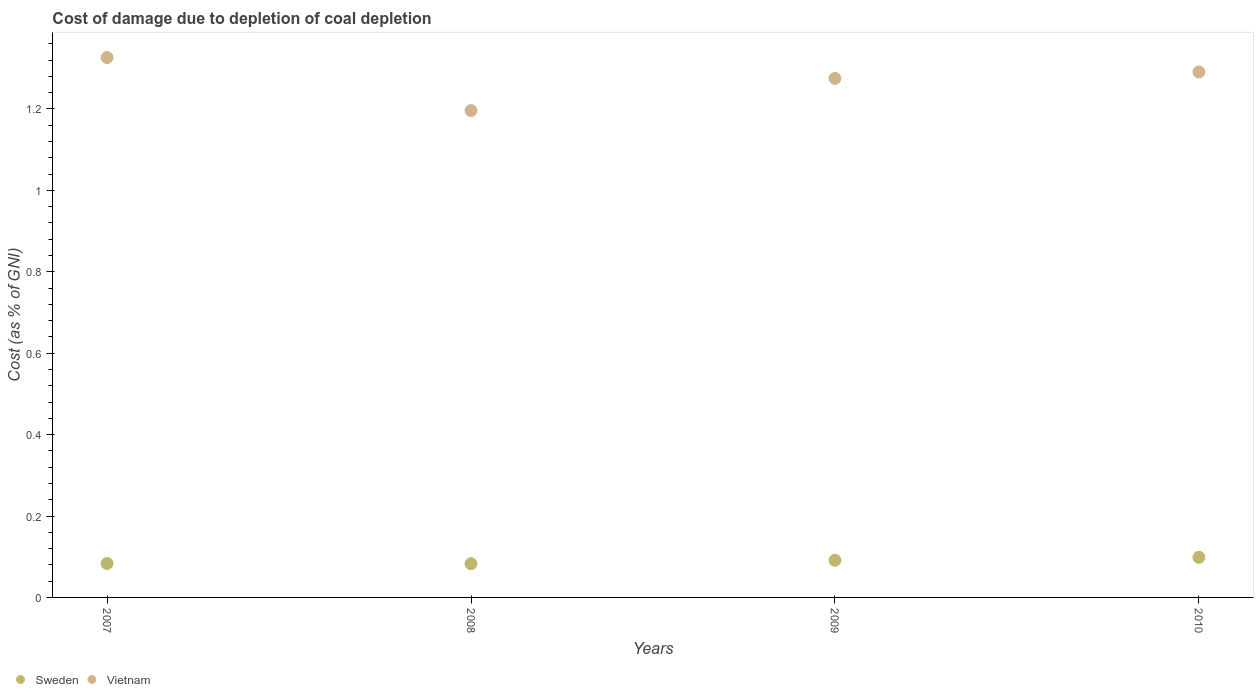
| Years | Sweden | Vietnam |
 | --- | --- | --- |
 | 2007 | 0.0833 | 1.33 |
 | 2008 | 0.0829 | 1.2 |
 | 2009 | 0.0912 | 1.27 |
 | 2010 | 0.0985 | 1.29 |